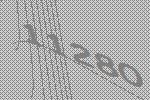
11280